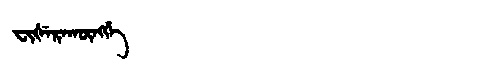
Manchu: ᠸᡳᡧᡝᡵᠠᡴᡡᠩᡤᡝ
Romanization: FIŠERAKŪNGGE